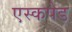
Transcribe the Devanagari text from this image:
एस्कपेड